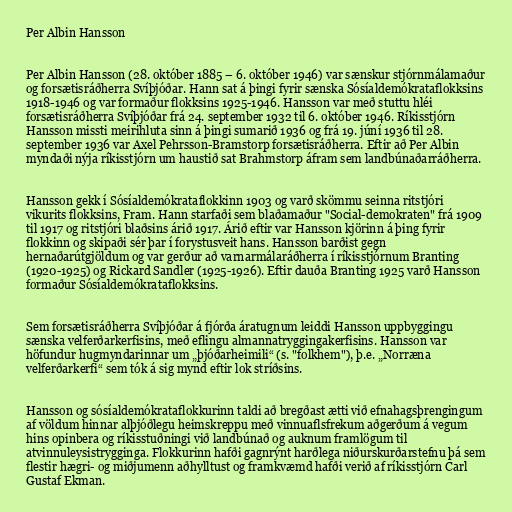
Per Albin Hansson

Per Albin Hansson (28. október 1885 – 6. október 1946) var sænskur stjórnmálamaður
og forsætisráðherra Svíþjóðar. Hann sat á þingi fyrir sænska Sósíaldemókrataflokksins
1918-1946 og var formaður flokksins 1925-1946. Hansson var með stuttu hléi
forsætisráðherra Svíþjóðar frá 24. september 1932 til 6. október 1946. Ríkisstjórn
Hansson missti meirihluta sinn á þingi sumarið 1936 og frá 19. júní 1936 til 28.
september 1936 var Axel Pehrsson-Bramstorp forsætisráðherra. Eftir að Per Albin
myndaði nýja ríkisstjórn um haustið sat Brahmstorp áfram sem landbúnaðarráðherra.

Hansson gekk í Sósíaldemókrataflokkinn 1903 og varð skömmu seinna ritstjóri
vikurits flokksins, Fram. Hann starfaði sem blaðamaður "Social-demokraten" frá 1909
til 1917 og ritstjóri blaðsins árið 1917. Árið eftir var Hansson kjörinn á þing fyrir
flokkinn og skipaði sér þar í forystusveit hans. Hansson barðist gegn
hernaðarútgjöldum og var gerður að varnarmálaráðherra í ríkisstjórnum Branting
(1920-1925) og Rickard Sandler (1925-1926). Eftir dauða Branting 1925 varð Hansson
formaður Sósíaldemókrataflokksins.

Sem forsætisráðherra Svíþjóðar á fjórða áratugnum leiddi Hansson uppbyggingu
sænska velferðarkerfisins, með eflingu almannatryggingakerfisins. Hansson var
höfundur hugmyndarinnar um „þjóðarheimili“ (s. "folkhem"), þ.e. „Norræna
velferðarkerfi“ sem tók á sig mynd eftir lok stríðsins.

Hansson og sósíaldemókrataflokkurinn taldi að bregðast ætti við efnahagsþrengingum
af völdum hinnar alþjóðlegu heimskreppu með vinnuaflsfrekum aðgerðum á vegum
hins opinbera og ríkisstuðningi við landbúnað og auknum framlögum til
atvinnuleysistrygginga. Flokkurinn hafði gagnrýnt harðlega niðurskurðarstefnu þá sem
flestir hægri- og miðjumenn aðhylltust og framkvæmd hafði verið af ríkisstjórn Carl
Gustaf Ekman.